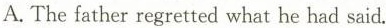
A. The father regretted what he had said.